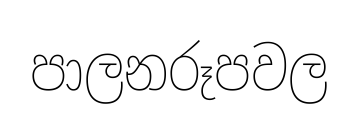
පාලනරූපවල